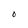
Character: O